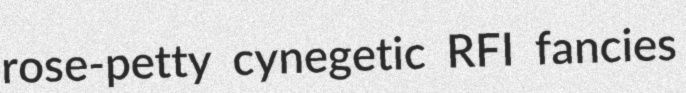
rose-petty cynegetic RFI fancies